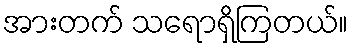
အားတက် သရောရှိကြတယ်။